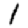
Digit: 1